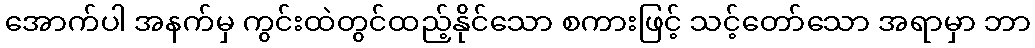
အောက်ပါ အနက်မှ ကွင်းထဲတွင်ထည့်နိုင်သော စကားဖြင့် သင့်တော်သော အရာမှာ ဘာ